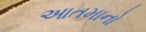
આતમાનો